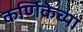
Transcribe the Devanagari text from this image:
कर्णिकेच्या